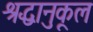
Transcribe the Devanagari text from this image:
श्रद्धानुकूल